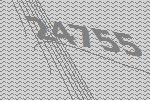
24755